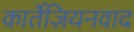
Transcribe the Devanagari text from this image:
कार्तेज़ियनवाद